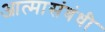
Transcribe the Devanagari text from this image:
आत्मासंबंधी